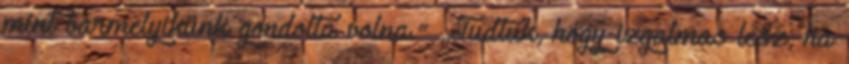
mint bármelyikünk gondolta volna.” „Tudtuk, hogy izgalmas lesz, ha